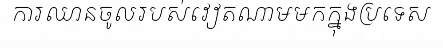
ការឈានចូលរបស់វៀតណាមមកក្នុងប្រទេស